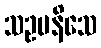
သဥပနိသေ